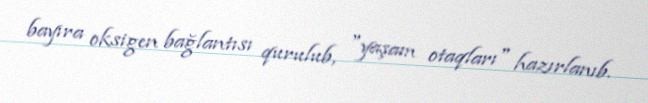
bayıra oksigen bağlantısı qurulub, "yaşam otaqları" hazırlanıb.